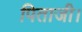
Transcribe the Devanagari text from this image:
पिताजी।